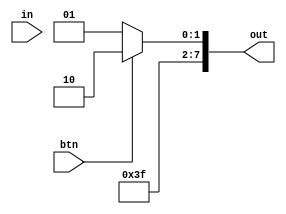
`timescale 1ns / 1ps
//////////////////////////////////////////////////////////////////////////////////
// Company: 
// Engineer: 
// 
// Design Name: 
// Module Name: muxAN
// Project Name: 
// Target Devices: 
// Tool Versions: 
// Description: 
// 
// Dependencies: 
// 
// Revision:
// Revision 0.01 - File Created
// Additional Comments:
// 
//////////////////////////////////////////////////////////////////////////////////


module muxAN(out, in, btn);
    input [8:0] in;
    output [7:0] out;
    input btn;
    
    reg [7:0] out;
    always @ (in or btn)
        begin
            if (!btn)
                out <= 8'b11111101; // digit 1
            else
                out <= 8'b11111110; // digit 2
        end
endmodule